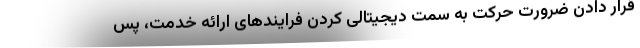
قرار دادن ضرورت حرکت به سمت دیجیتالی کردن فرایندهای ارائه خدمت، پس